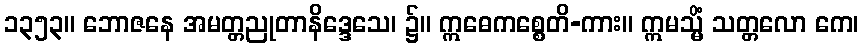
၁၃၅၃။ ဘောဇနေ အမတ္တညုတာနိဒ္ဒေသေ၊ ၌။ ဣဓေကစ္စေတိ-ကား။ ဣမသ္မိံ သတ္တလော ကေ၊